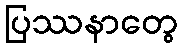
ပြဿနာတွေ